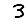
Digit: 3